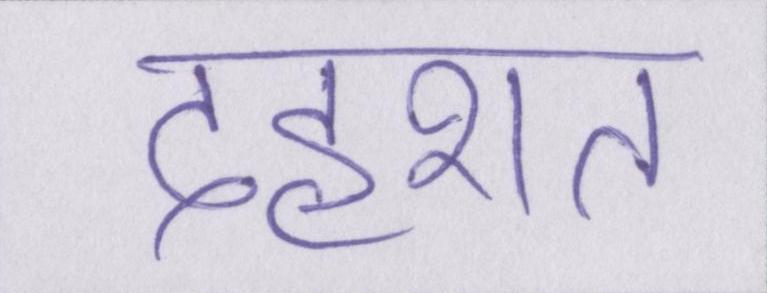
दहशत